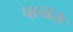
પાચક